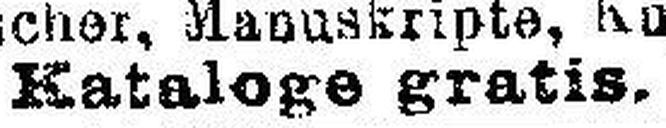
Kataloge gratis.